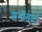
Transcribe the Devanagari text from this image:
सभांसाठी